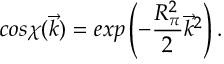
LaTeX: c o s \chi ( \vec { k } ) = e x p \left( - \frac { R _ { \pi } ^ { 2 } } { 2 } \vec { k } ^ { 2 } \right) .